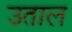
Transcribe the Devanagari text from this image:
उताल